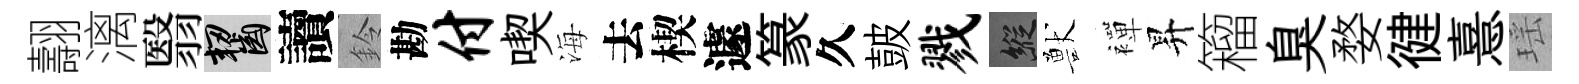
翿漓翳齧讀鈴勘付喫海去楔遽篆久皷戮縱獸襌昇籕臭婺徤憙瑶